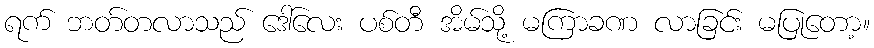
ရက် ဘတ်တလာသည် ဒေါ်လေး ပစ်တီ အိမ်သို့ မကြာခဏ လာခြင်း မပြုတော့။